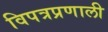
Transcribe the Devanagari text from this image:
विपत्रप्रणाली